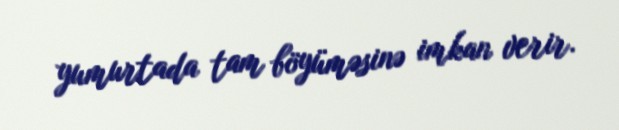
yumurtada tam böyüməsinə imkan verir.